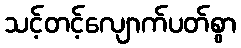
သင့်တင့်လျောက်ပတ်စွာ